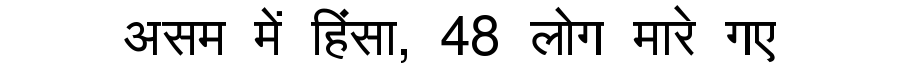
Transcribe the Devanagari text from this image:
असम में हिंसा, 48 लोग मारे गए